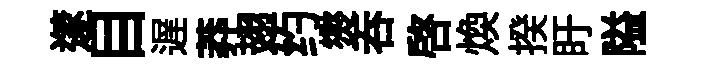
𨗹目遅莽翅约爕呑啓煥揆盱隘